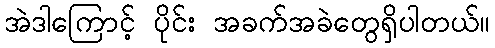
အဲဒါကြောင့် ပိုင်း အခက်အခဲတွေရှိပါတယ်။